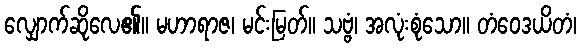
လျှောက်ဆိုလေ၏။ မဟာရာဇ၊ မင်းမြတ်။ သဗ္ဗံ၊ အလုံးစုံသော။ တံဝေဒယိတံ၊